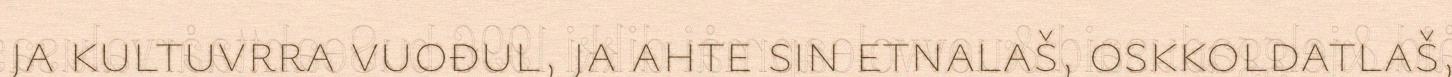
ja kultuvrra vuođul, ja ahte sin etnalaš, oskkoldatlaš,